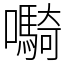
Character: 𫬷